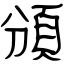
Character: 頒